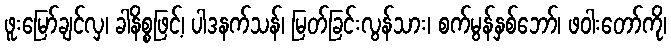
ဖူးမြော်ချင်လှ၊ ခါနိစ္စဖြင့်၊ ပါဒနက်သန်၊ မြတ်ခြင်းလွန်သား၊ စက်မွန်နှစ်ဘော်၊ ဖဝါးတော်ကို၊